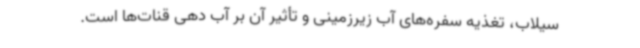
سیلاب، تغذیه سفره‌های آب زیرزمینی و تأثیر آن بر آب دهی قنات‌ها است.